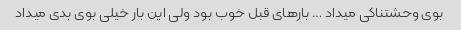
بوی وحشتناکی میداد … بارهای قبل خوب بود ولی این بار خیلی بوی بدی میداد